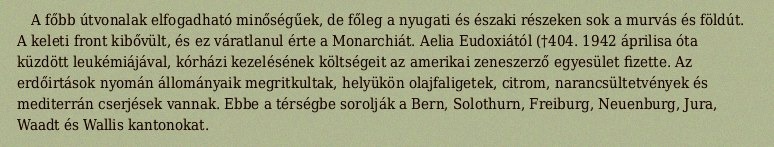
A főbb útvonalak elfogadható minőségűek, de főleg a nyugati és északi részeken sok a murvás és földút. A keleti front kibővült, és ez váratlanul érte a Monarchiát. Aelia Eudoxiától (†404. 1942 áprilisa óta küzdött leukémiájával, kórházi kezelésének költségeit az amerikai zeneszerző egyesület fizette. Az erdőirtások nyomán állományaik megritkultak, helyükön olajfaligetek, citrom, narancsültetvények és mediterrán cserjések vannak. Ebbe a térségbe sorolják a Bern, Solothurn, Freiburg, Neuenburg, Jura, Waadt és Wallis kantonokat.